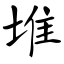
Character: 堆